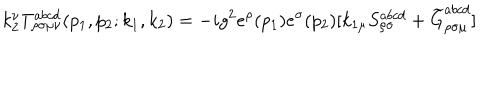
LaTeX: k _ { 2 } ^ { \nu } T _ { \rho \sigma \mu \nu } ^ { a b c d } ( p _ { 1 } , p _ { 2 } ; k _ { 1 } , k _ { 2 } ) = - i g ^ { 2 } e ^ { \rho } ( p _ { 1 } ) e ^ { \sigma } ( p _ { 2 } ) [ k _ { 1 \mu } S _ { \rho \sigma } ^ { a b c d } + \widetilde { G } _ { \rho \sigma \mu } ^ { a b c d } ]